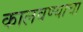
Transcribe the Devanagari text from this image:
कालवण्याचा